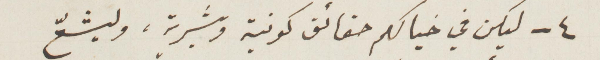
٤ - ليكن في خيالكم حقائق كونية وبشرية، وليشعّ